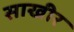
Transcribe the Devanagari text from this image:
साखीर